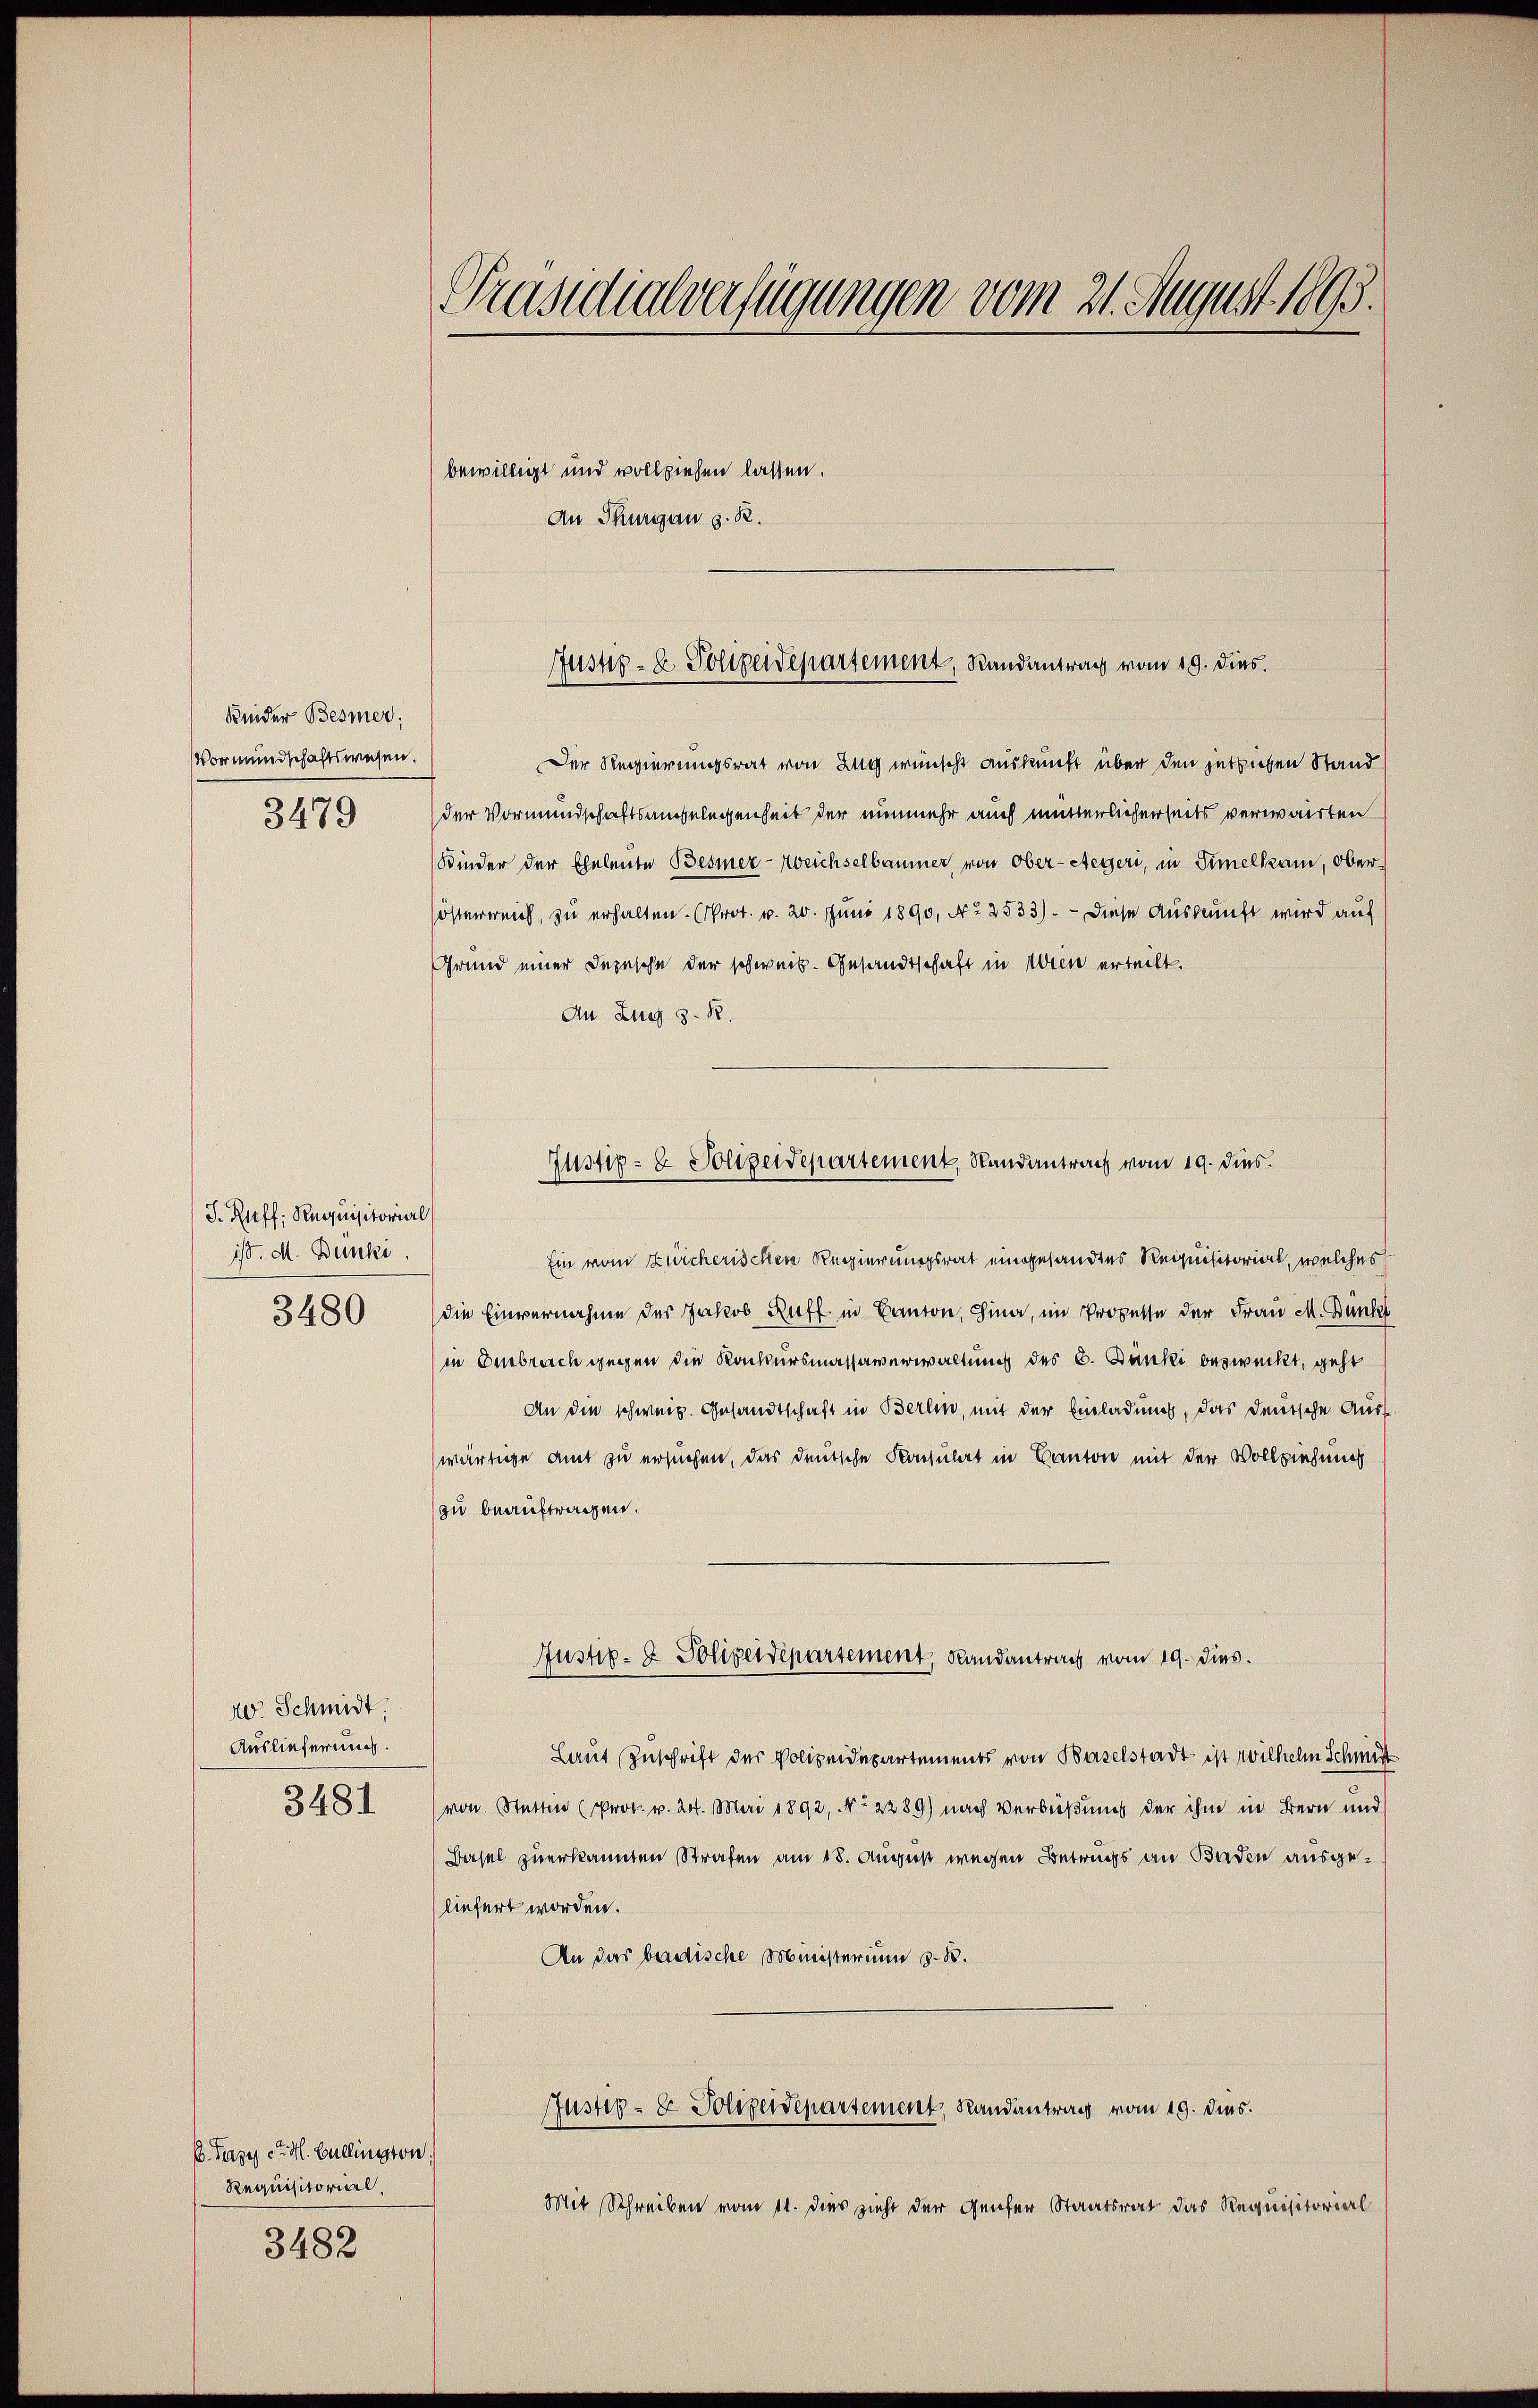
Beider Besmer:
Vormundschaftswesen.

3479

J. Ruff; Requisitorierl
1/. M. Bunki
3480

20. Schmidt.
Auslieferung.
3481

B. Tages cr. H. Bullington
Requisitorial,
3482

Präsidialverfügungen vom 21. August 1893.

Der Regierungsrat von Zug wünscht auskunft über den jetztichen Stand
der Vormundschaftsangelegenheit der nunmehr auch mutterlicherseits verwarten
Kinder der Eheleute Besser-Weichselbaumer, von Ober-Stegeri, in Simelkam, Oberösterreich, zu erhalten. (Prot. v. 20. Juni 1890, No 2533). — Diese Auskunft wird auf
Grund einer Depesche der schweiz. Gesandtschaft in Wein erteilt.
An Zug z. R.
Ein vom Zürcherischen Regierungsrat eingesandtes Requisitorial, welches
die Einvernahme des Jakob Ruff in Canton, hina, im Prozesse der Frau M. Dank
in Embrach gegen die Konkursmassaverwaltung des C. Danki bezweckt, geht
An die schweiz. Gesandtschaft in Berlin, mit der Einladung, das deutsche Auswärtige Amt zu ersuchen, das deutsche Konsulat in Canton mit der Vollziehung
zu beauftragen.
Justiz- & Polizeidepartement, Landantrag vom 19. dies
Laut Zuschrift der Polizeidepartements von Baselstadt ist Wilhelm Schmert
von Statten (Prok. v. 24. Mai 1892, No 2289) nach Verbüßung der ihm in Bern und
Dasel zuerkannten Strafen am 18. August wegen Betrugs an Baden ausgeliefert worden.
An das badische Ministerium d. B.
Justiz- & Polizeidepartement, Randantrag vom 19. dies.
Mit Schreiben vom 11. dies zieht der Genfer Staatsrat das Requisitorierl

bewilligt und vollziehen lassen.
An Thurgau d. R.

Justiz- & Polizeidepartement, Randantrag vom 19. dies

Justiz- & Polizeidepartement, Randantrag vom 19. dies.